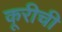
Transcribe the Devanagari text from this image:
कूरीची